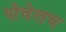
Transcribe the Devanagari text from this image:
पोचेलच